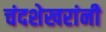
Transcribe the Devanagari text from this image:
चंदशेखरांनी